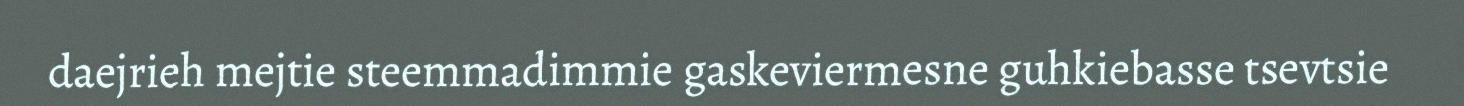
daejrieh mejtie steemmadimmie gaskeviermesne guhkiebasse tsevtsie